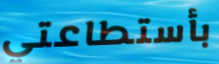
بأستطاعتي